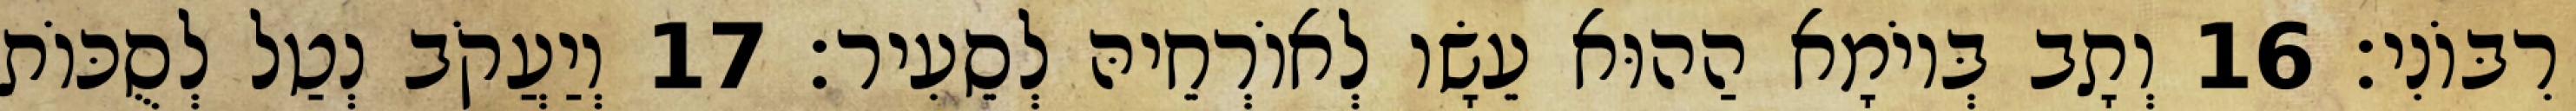
רִבּוֹנִי׃ 16 וְתָב בְּיוֹמָא הַהוּא עֵשָׂו לְאוֹרְחֵיהּ לְסֵעִיר׃ 17 וְיַעֲקֹב נְטַל לְסֻכּוֹת